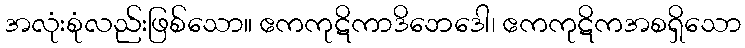
အလုံးစုံလည်းဖြစ်သော။ ဧကကုဋိကာဒိဘေဒေါ၊ ဧကကုဋိကအစရှိသော